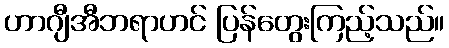
ဟာဂျီအီဘရာဟင် ပြန်တွေးကြည့်သည်။